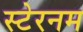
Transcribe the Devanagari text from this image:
स्टेरनम